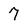
Character: 7